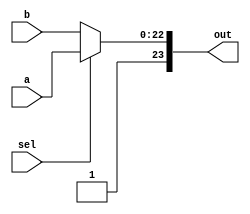
module Mux23 (a,b,sel,out);

input [22:0]a,b;
output [23:0] out;
input sel;

assign out = (sel == 0) ? {1'b1,b}:{1'b1,a};
//assign out[23] = 1; 

endmodule